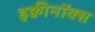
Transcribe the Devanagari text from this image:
इक्वीनॉक्स